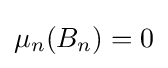
\mu _{n}(B_{n})=0